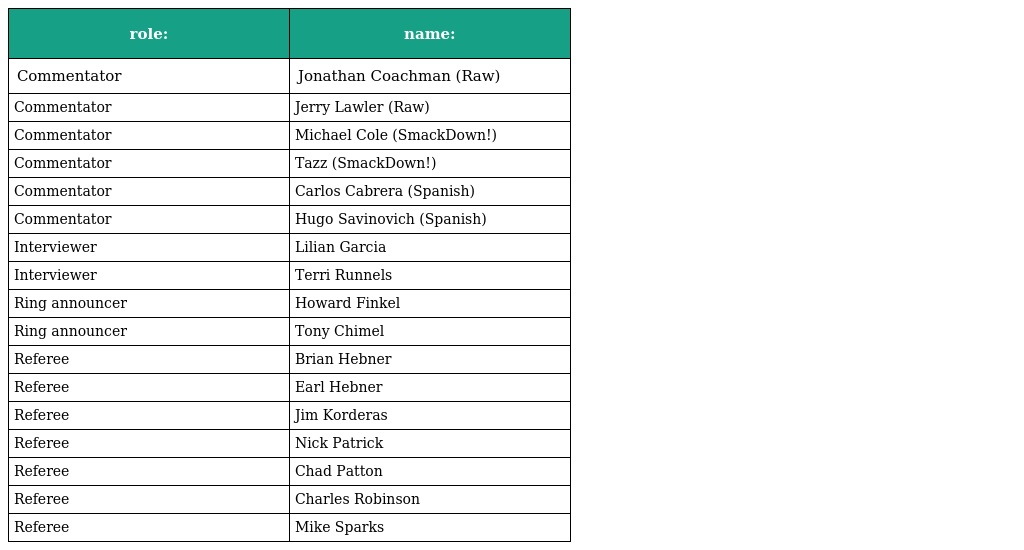
| role: | name: |
 | --- | --- |
 | Commentator | Jonathan Coachman (Raw) |
 | Commentator | Jerry Lawler (Raw) |
 | Commentator | Michael Cole (SmackDown!) |
 | Commentator | Tazz (SmackDown!) |
 | Commentator | Carlos Cabrera (Spanish) |
 | Commentator | Hugo Savinovich (Spanish) |
 | Interviewer | Lilian Garcia |
 | Interviewer | Terri Runnels |
 | Ring announcer | Howard Finkel |
 | Ring announcer | Tony Chimel |
 | Referee | Brian Hebner |
 | Referee | Earl Hebner |
 | Referee | Jim Korderas |
 | Referee | Nick Patrick |
 | Referee | Chad Patton |
 | Referee | Charles Robinson |
 | Referee | Mike Sparks |